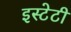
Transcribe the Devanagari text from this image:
इस्टेटी